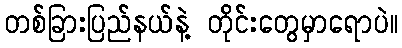
တစ်ခြားပြည်နယ်နဲ့ တိုင်းတွေမှာရောပဲ။